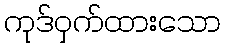
ကုဒ်ဝှက်ထားသော